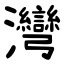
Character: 灣